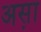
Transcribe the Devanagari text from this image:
अस़ा